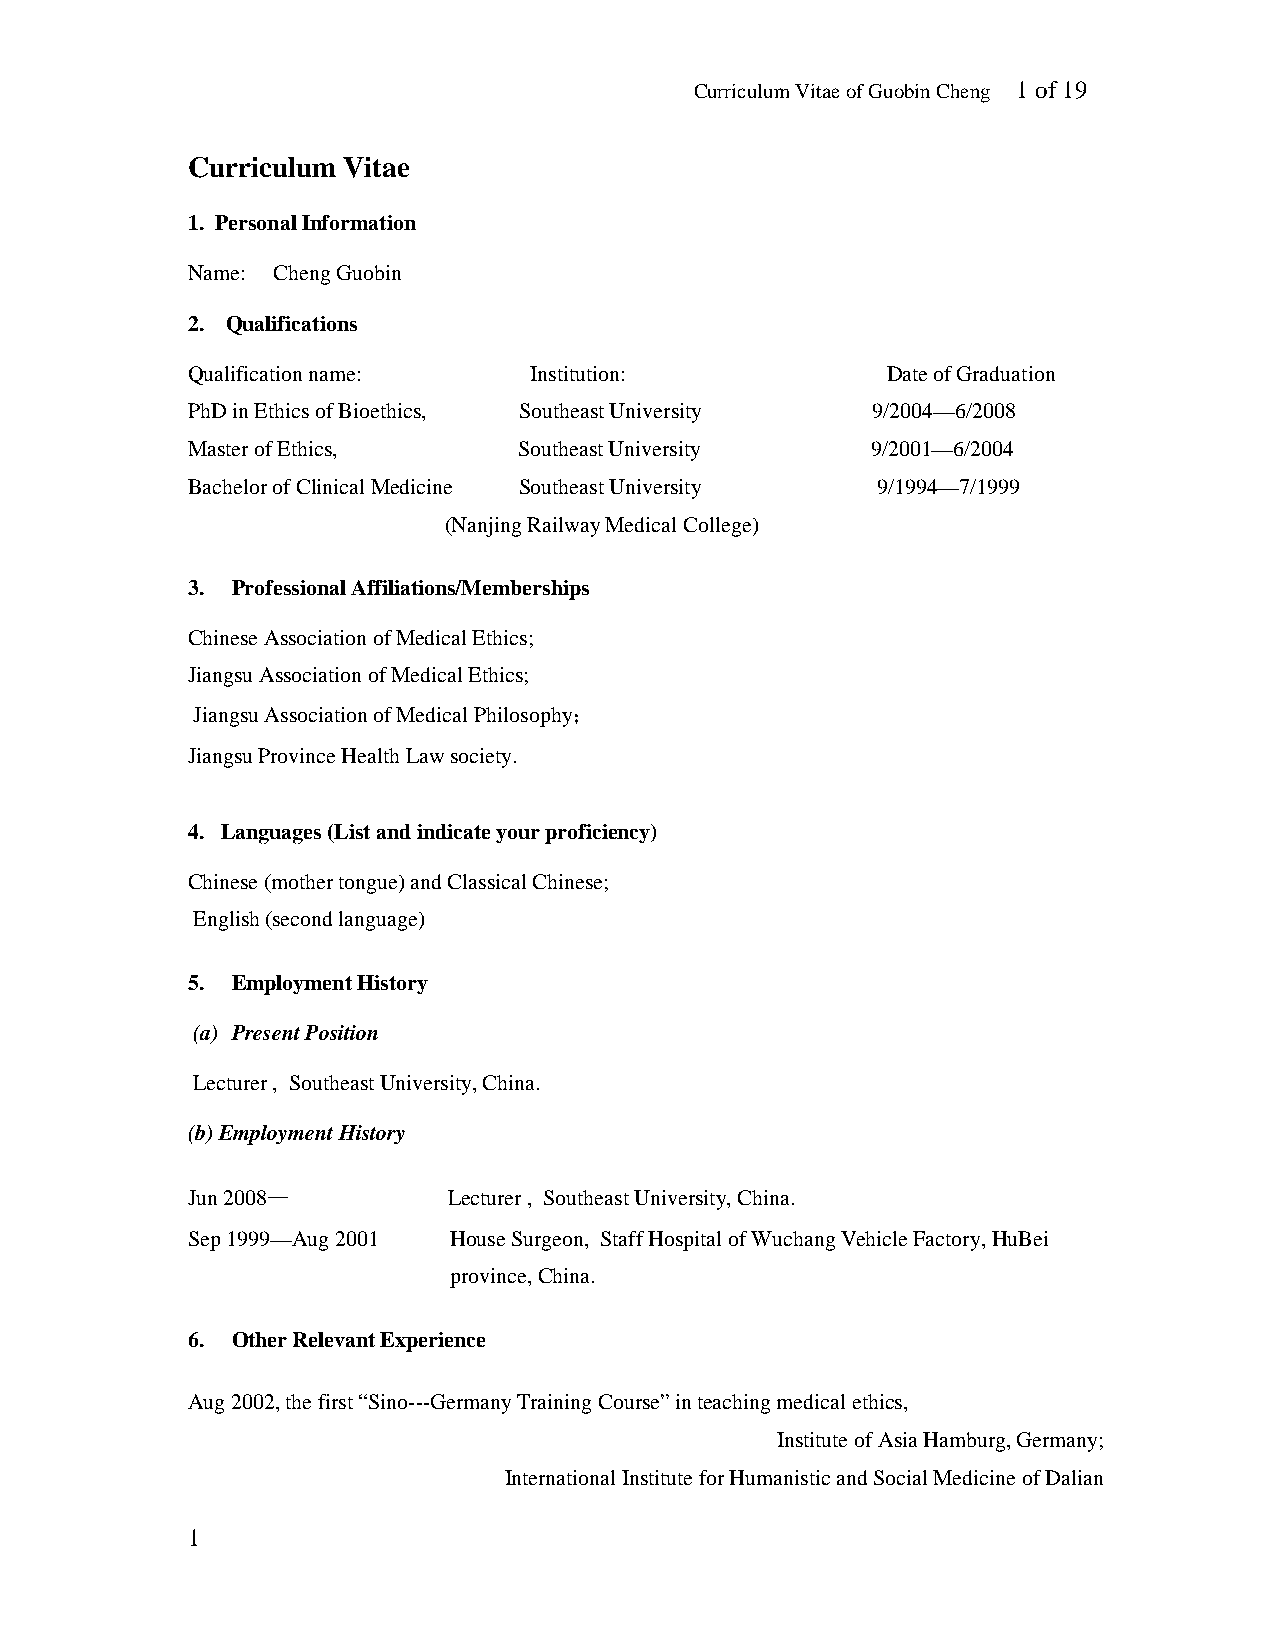
Curriculum Vitae of Guobin Cheng 1 of 19
 Curriculum Vitae
 1. Personal Information
 Name: Cheng Guobin
 2. Qualifications
 Qualification name:    Institution:            Date of Graduation
 PhD in Ethics of Bioethics, Southeast University 9/2004—6/2008
 Master of Ethics,     Southeast University    9/2001—6/2004
 Bachelor of Clinical Medicine Southeast University 9/1994—7/1999
 (Nanjing Railway Medical College)
 3. Professional Affiliations/Memberships
 Chinese Association of Medical Ethics;
 Jiangsu Association of Medical Ethics;
 Jiangsu Association of Medical Philosophy；
 Jiangsu Province Health Law society.
 4. Languages (List and indicate your proficiency)
 Chinese (mother tongue) and Classical Chinese;
 English (second language)
 5. Employment History
 (a) Present Position
 Lecturer , Southeast University, China.
 (b) Employment History
 Jun 2008—         Lecturer , Southeast University, China.
 Sep 1999—Aug 2001 House Surgeon, Staff Hospital of Wuchang Vehicle Factory, HuBei
 province, China.
 6. Other Relevant Experience
 Aug 2002, the first “Sino---Germany Training Course” in teaching medical ethics,
 Institute of Asia Hamburg, Germany;
 International Institute for Humanistic and Social Medicine of Dalian
 1